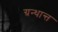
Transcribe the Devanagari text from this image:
ग्रन्थान्त